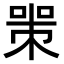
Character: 𠷽